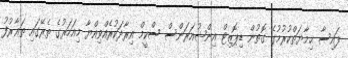
ފައިސާ ޙިމާޔަތްކުރުމުގެ ގޮތުން ޑިޕޮޒިޓް އިންޝުއަރަންސް ސްކީމް އިރާދަކުރެއްވިއްޔާ މިއަހަރުގެ ތެރޭގައި ތަޢާރުފު